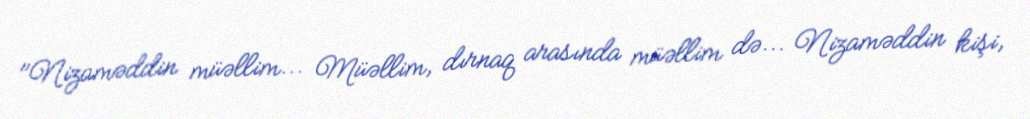
"Nizaməddin müəllim... Müəllim, dırnaq arasında müəllim də... Nizaməddin kişi,